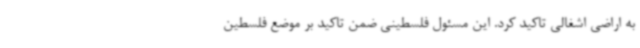
به اراضی اشغالی تاکید کرد. این مسئول فلسطینی ضمن تاکید بر موضع فلسطین